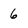
Character: 6